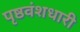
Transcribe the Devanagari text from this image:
पृष्ठवंशधारी